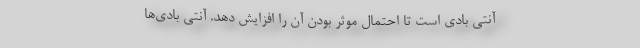
آنتی بادی است تا احتمال موثر بودن آن را افزایش دهد. آنتی بادی‌ها